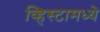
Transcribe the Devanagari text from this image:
व्हिस्टामध्ये